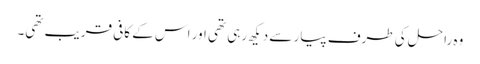
وہ راحل کی طرف پیار سے دیکھ رہی تھی اور اس کے کافی قریب تھی۔